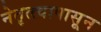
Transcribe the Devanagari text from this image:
नेतृत्त्वापासून